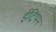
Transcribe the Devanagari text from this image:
ईट्रियम